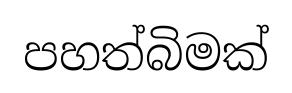
පහත්බිමක්